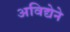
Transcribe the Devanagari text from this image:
अविद्येने